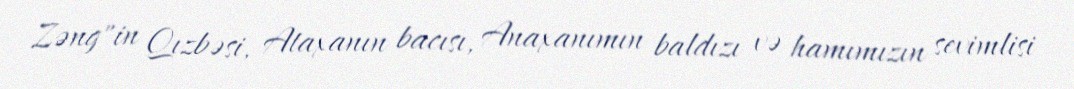
Zəng"in Qızbəsi, Ataxanın bacısı, Anaxanımın baldızı və hamımızın sevimlisi